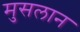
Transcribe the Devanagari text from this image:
मुसलान